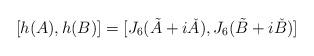
LaTeX: \begin{align*}[ h(A), h(B) ] = [ J_6( \tilde A + i \check A), J_6 ( \tilde B + i \check B)]\end{align*}